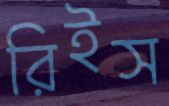
রিইস